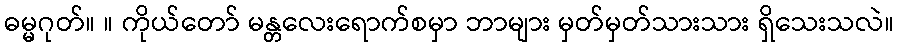
ဓမ္မဂုတ်။ ။ ကိုယ်တော် မန္တလေးရောက်စမှာ ဘာများ မှတ်မှတ်သားသား ရှိသေးသလဲ။